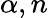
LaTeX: \alpha,n